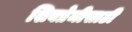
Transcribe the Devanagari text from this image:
शिवप्रेमीसाठी